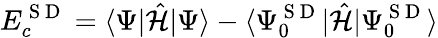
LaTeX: E_{c}^{\mathrm{~S~D~}}=\langle\Psi|\hat{\mathcal{H}}|\Psi\rangle-\langle\Psi_{0}^{\mathrm{~S~D~}}|\hat{\mathcal{H}}|\Psi_{0}^{\mathrm{~S~D~}}\rangle